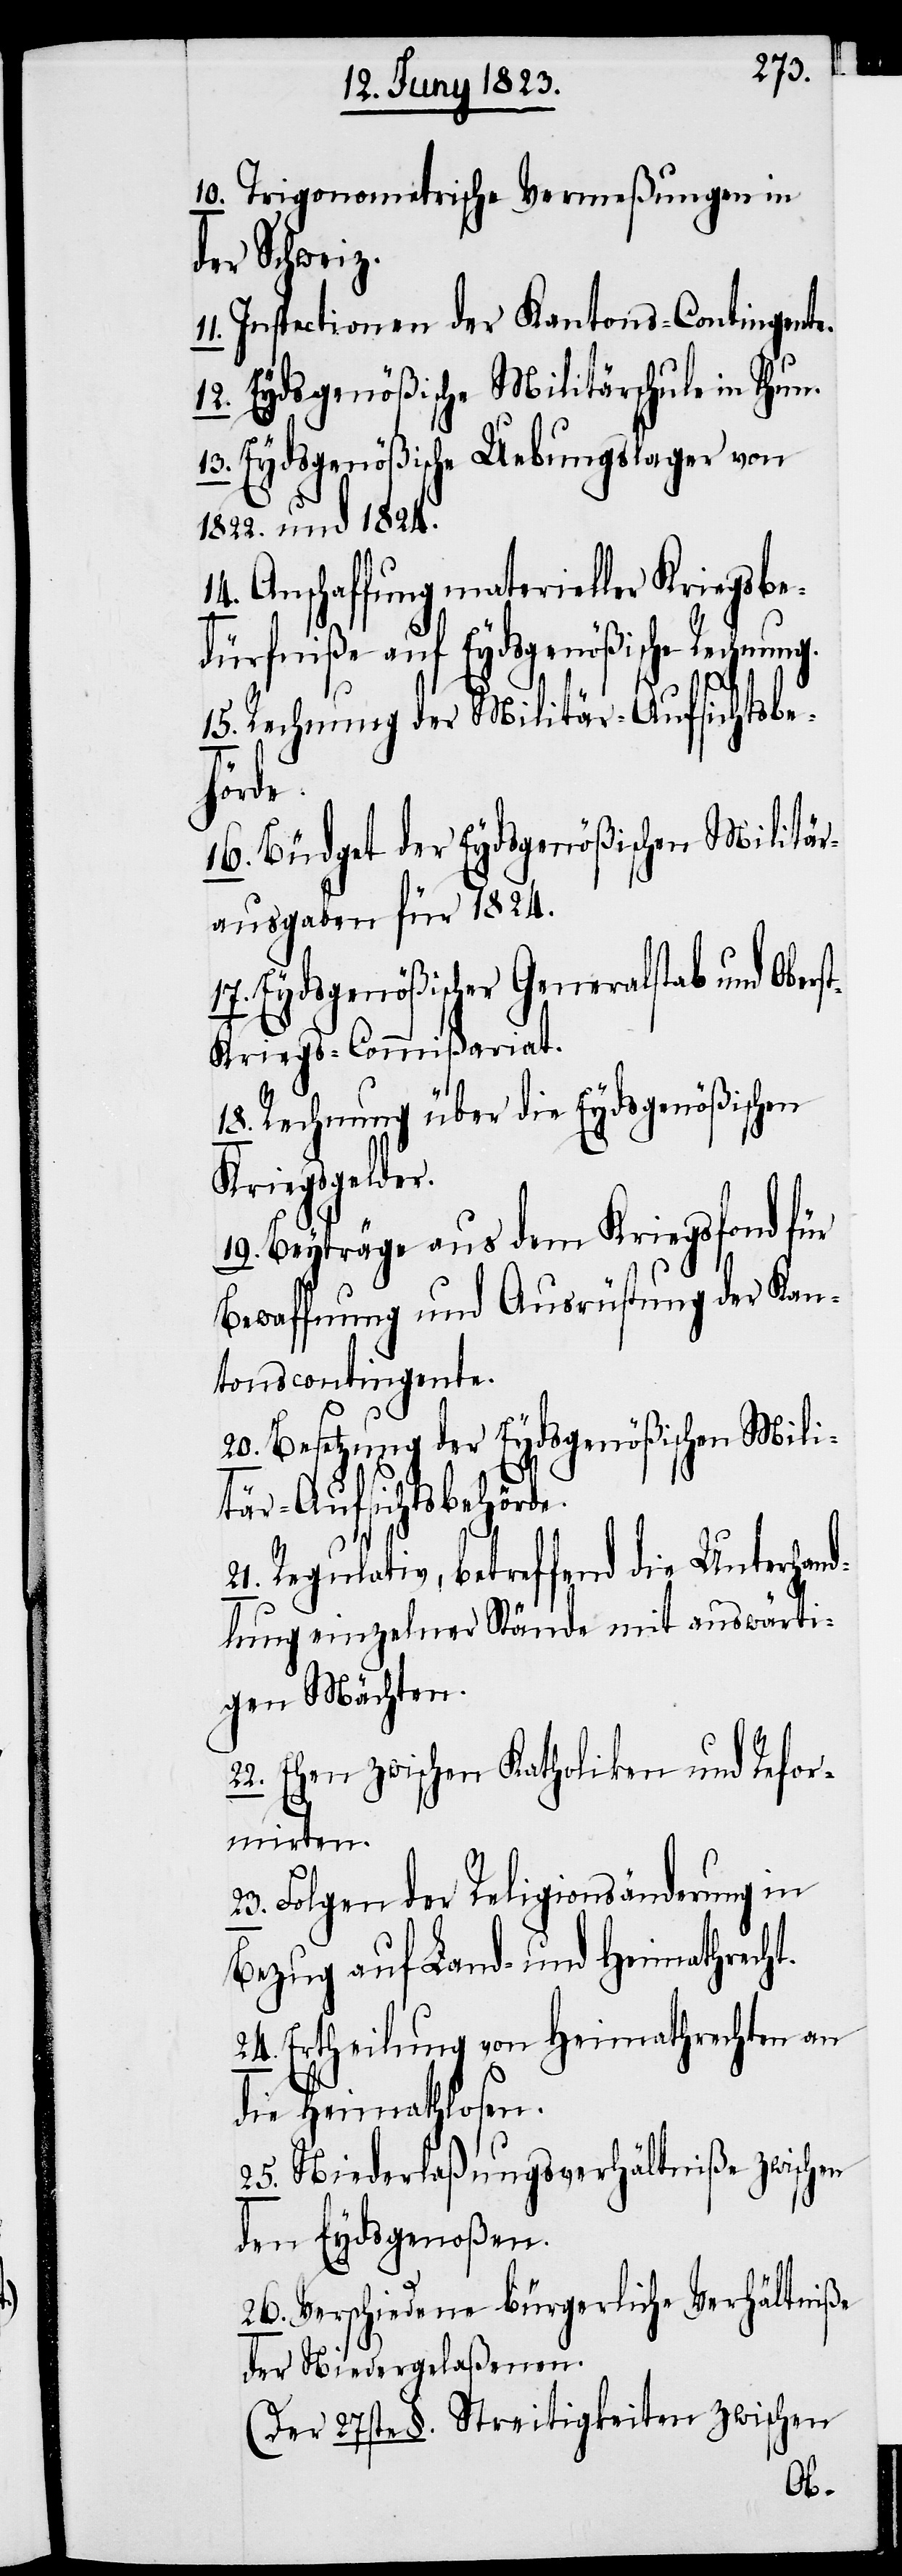
10. Trigonometrische Vermeßungen in
der Schweiz.
11. Inspectionen der Kantons-Contingente.
12. Eydsgenößische Militärschule in Thun.
13. Eydsgenößische Uebungslager von
1822. und 1824.
14. Anschaffung materieller Kriegsbe¬
dürfniße auf Eydsgenößische Rechnun¬
15. Rechnung der Militär-Aufsichtsbe¬
hörde.
16. Büdget der Eydsgenößischen Militär¬
ausgaben für 1824.
17. Eydsgenößischer Generalstab und Obers¬
t-Kriegs-Commißariat.
18. Rechnung über die Eydsgenößischen
Kriegsgelder.
19. Beyträge aus dem Kriegsfond für
Bewaffnung und Ausrüstung der Kan¬
tonscontingente.
20. Besetzung der Eydsgenößischen Mili¬
tär-Aufsichtsbehörde.
21. Regulativ, betreffend die Unterhand¬
lung einzelner Stände mit auswärti¬
gen Mächten.
Ehen zwischen Katholiken und Refor¬
mirten.
23. Folgen der Religionsänderung in
Bezug auf Land- und Heimathrecht.
24. Ertheilung von Heimathrechten an
die Heimathlosen.
25. Niederlaßungsverhältniße zwischen
den Eydsgenoßen.
26. Verschiedene bürgerliche Verhältniße
der Niedergelaßenen.
(Der 27ste §. Streitigkeiten zwischen

22.